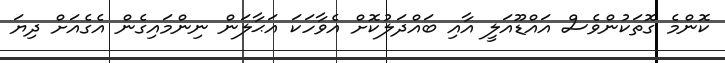
ކޮންމެ ގޮތަކުންވެސް އައްޑޫއަލީ އާއި ބައްދަލުކޮށް އެވާހަކަ އަޙާލަން ނިންމައިގެން އެގެއަށް ދިޔަ